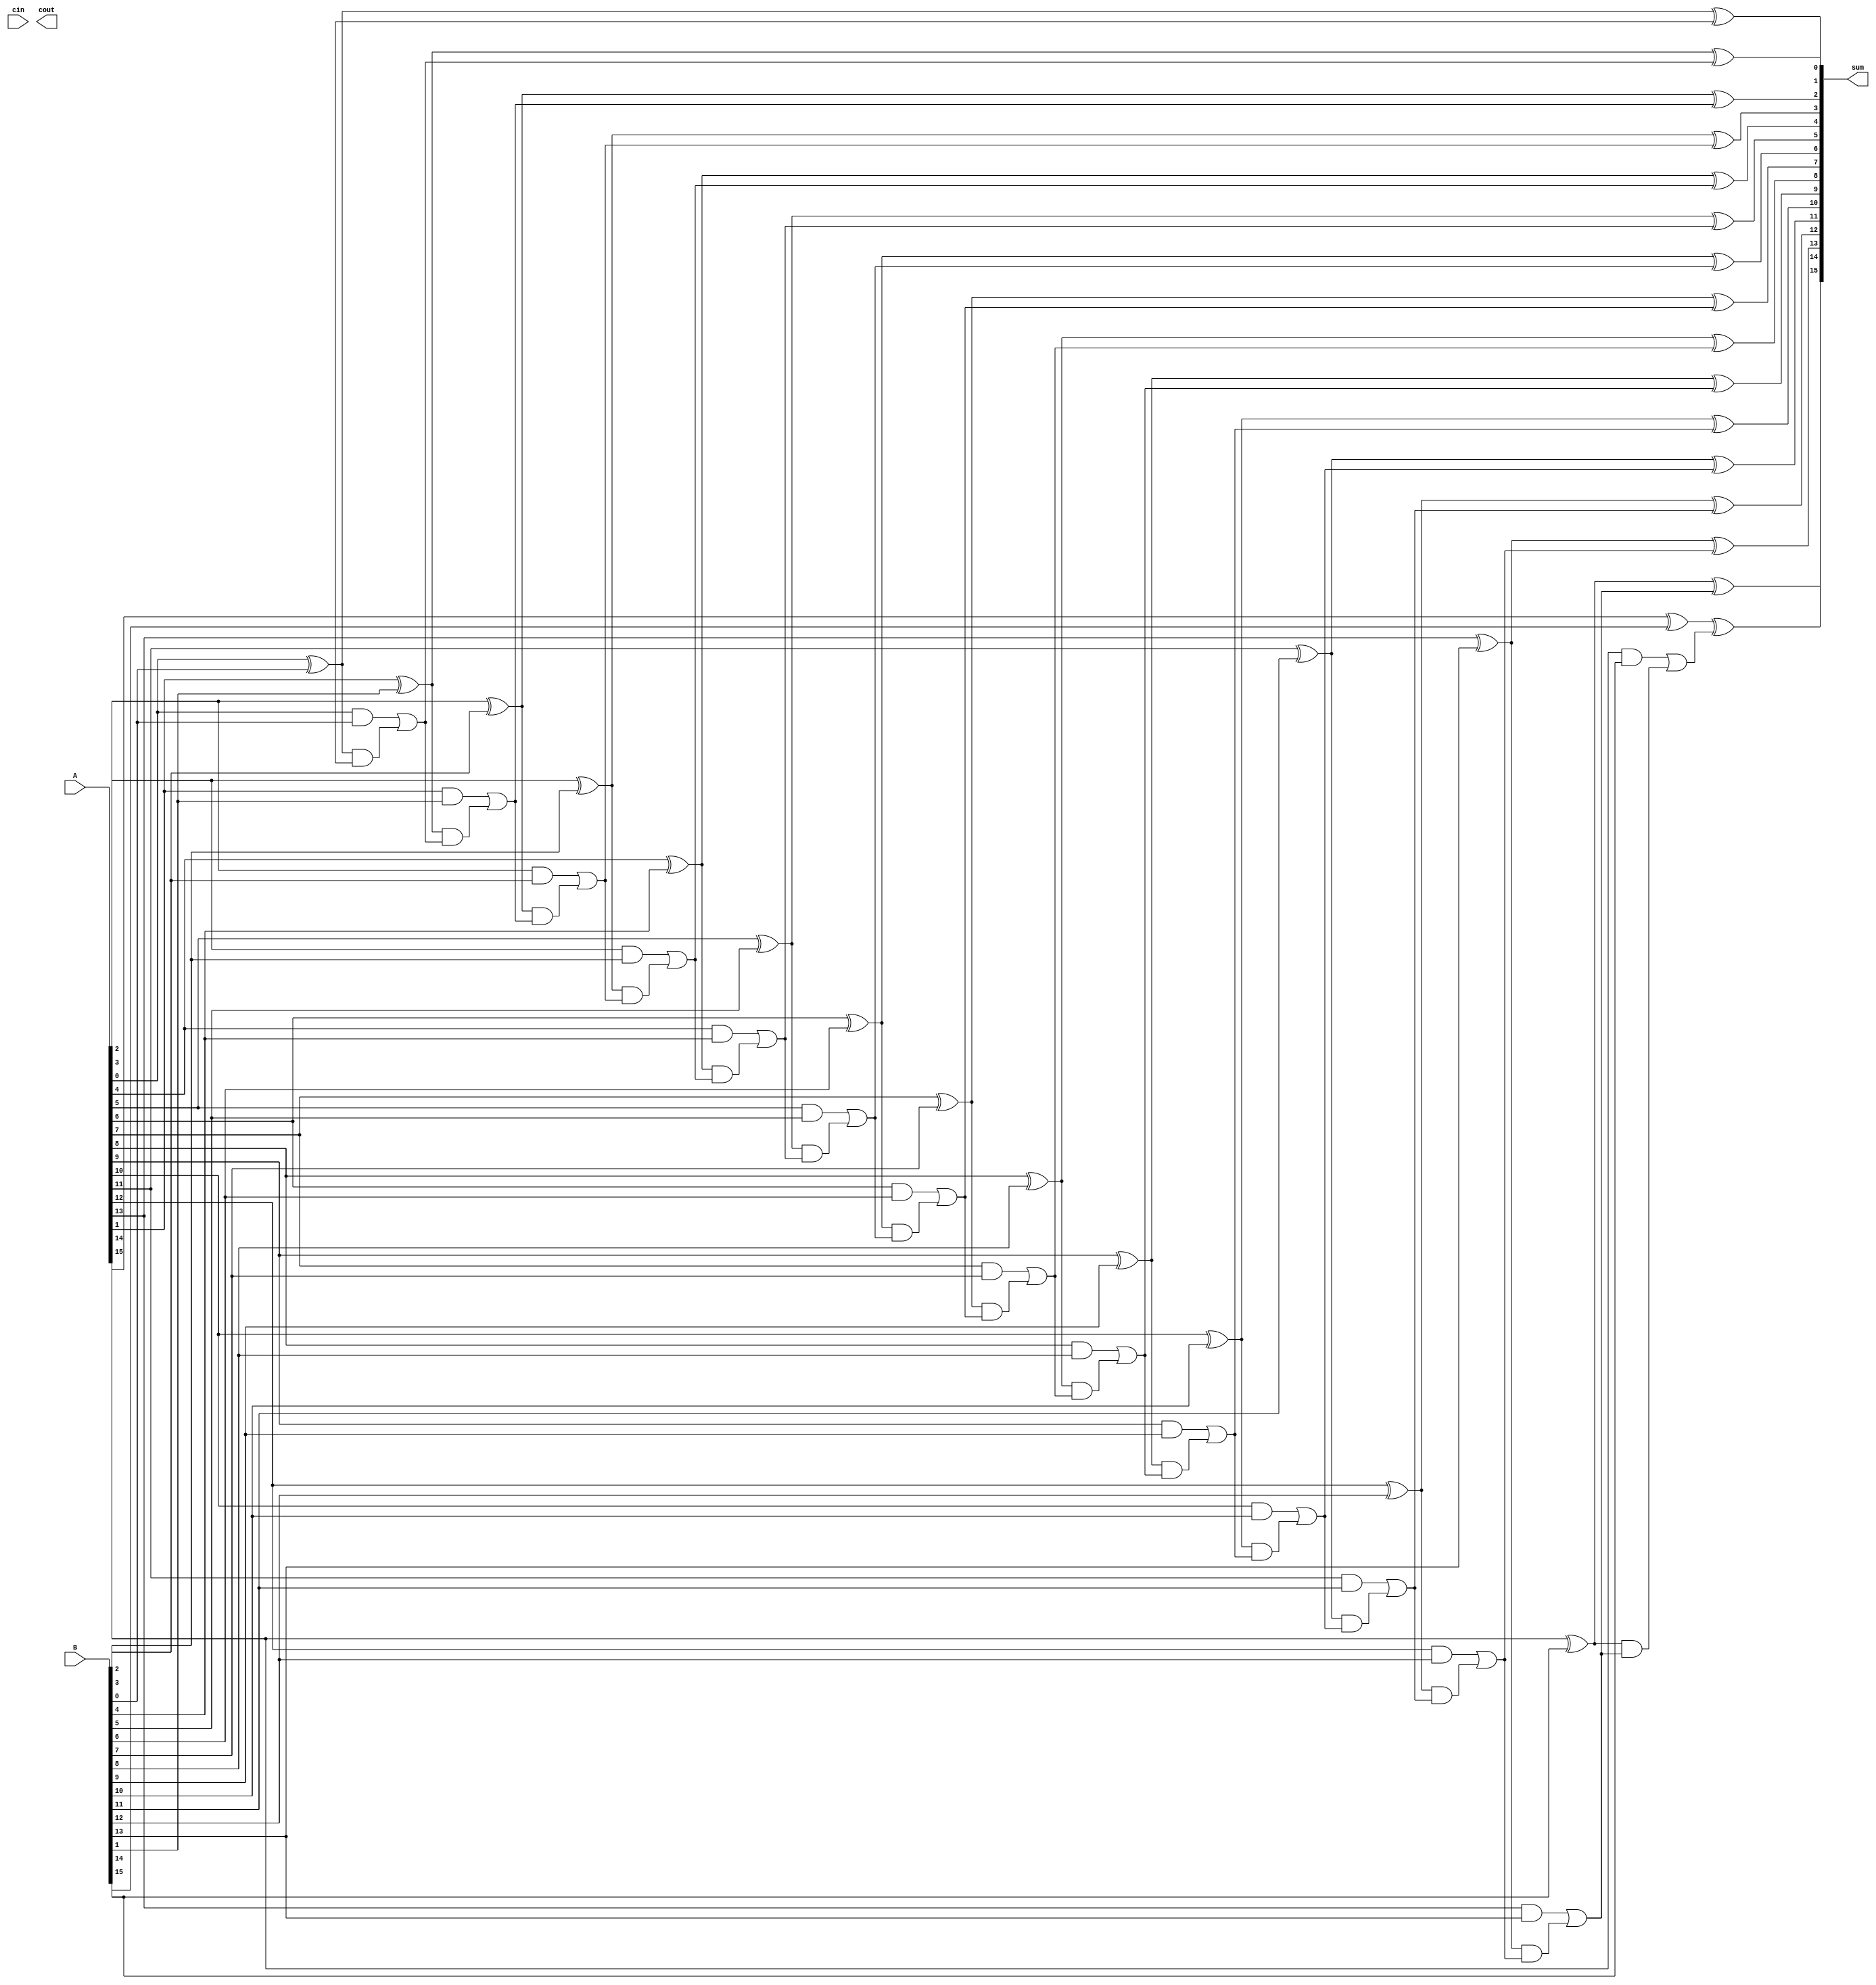
module kogge_stone_adder(
    input [15:0] A,
    input [15:0] B,
    input cin,
    output cout,
    output [15:0] sum
);

reg [15:0] p, g;
reg [15:0] c;
reg [15:0] s;

genvar i;

generate
    for(i = 0; i < 16; i = i + 1) begin : stage
        assign p[i] = A[i] ^ B[i];
        assign g[i] = A[i] & B[i];
        assign s[i] = p[i] ^ c[i];
        assign c[i + 1] = g[i] | (p[i] & c[i]);
    end
endgenerate

assign cout = c[16];
assign sum = s;

endmodule